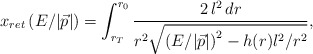
\begin{align*}x_{ret} \left( E/|\vec{p}| \right)=\int_{r_T}^{r_0}\frac{2\, l^2 \, dr}{r^2 \sqrt{\left( E/|\vec{p}|\right)^2 - h(r) l^2 / r^2}},\end{align*}